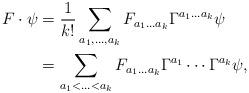
LaTeX: \begin{align*}F\cdot\psi&=\frac{1}{k!}\sum_{a_1,\ldots, a_k}F_{a_1\ldots a_k}\Gamma^{a_1\ldots a_k}\psi\\&=\sum_{a_1<\ldots<a_k}F_{a_1\ldots a_k}\Gamma^{a_1}\cdots\Gamma^{a_k}\psi,\end{align*}